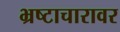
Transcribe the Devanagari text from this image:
भ्रष्टाचारावर